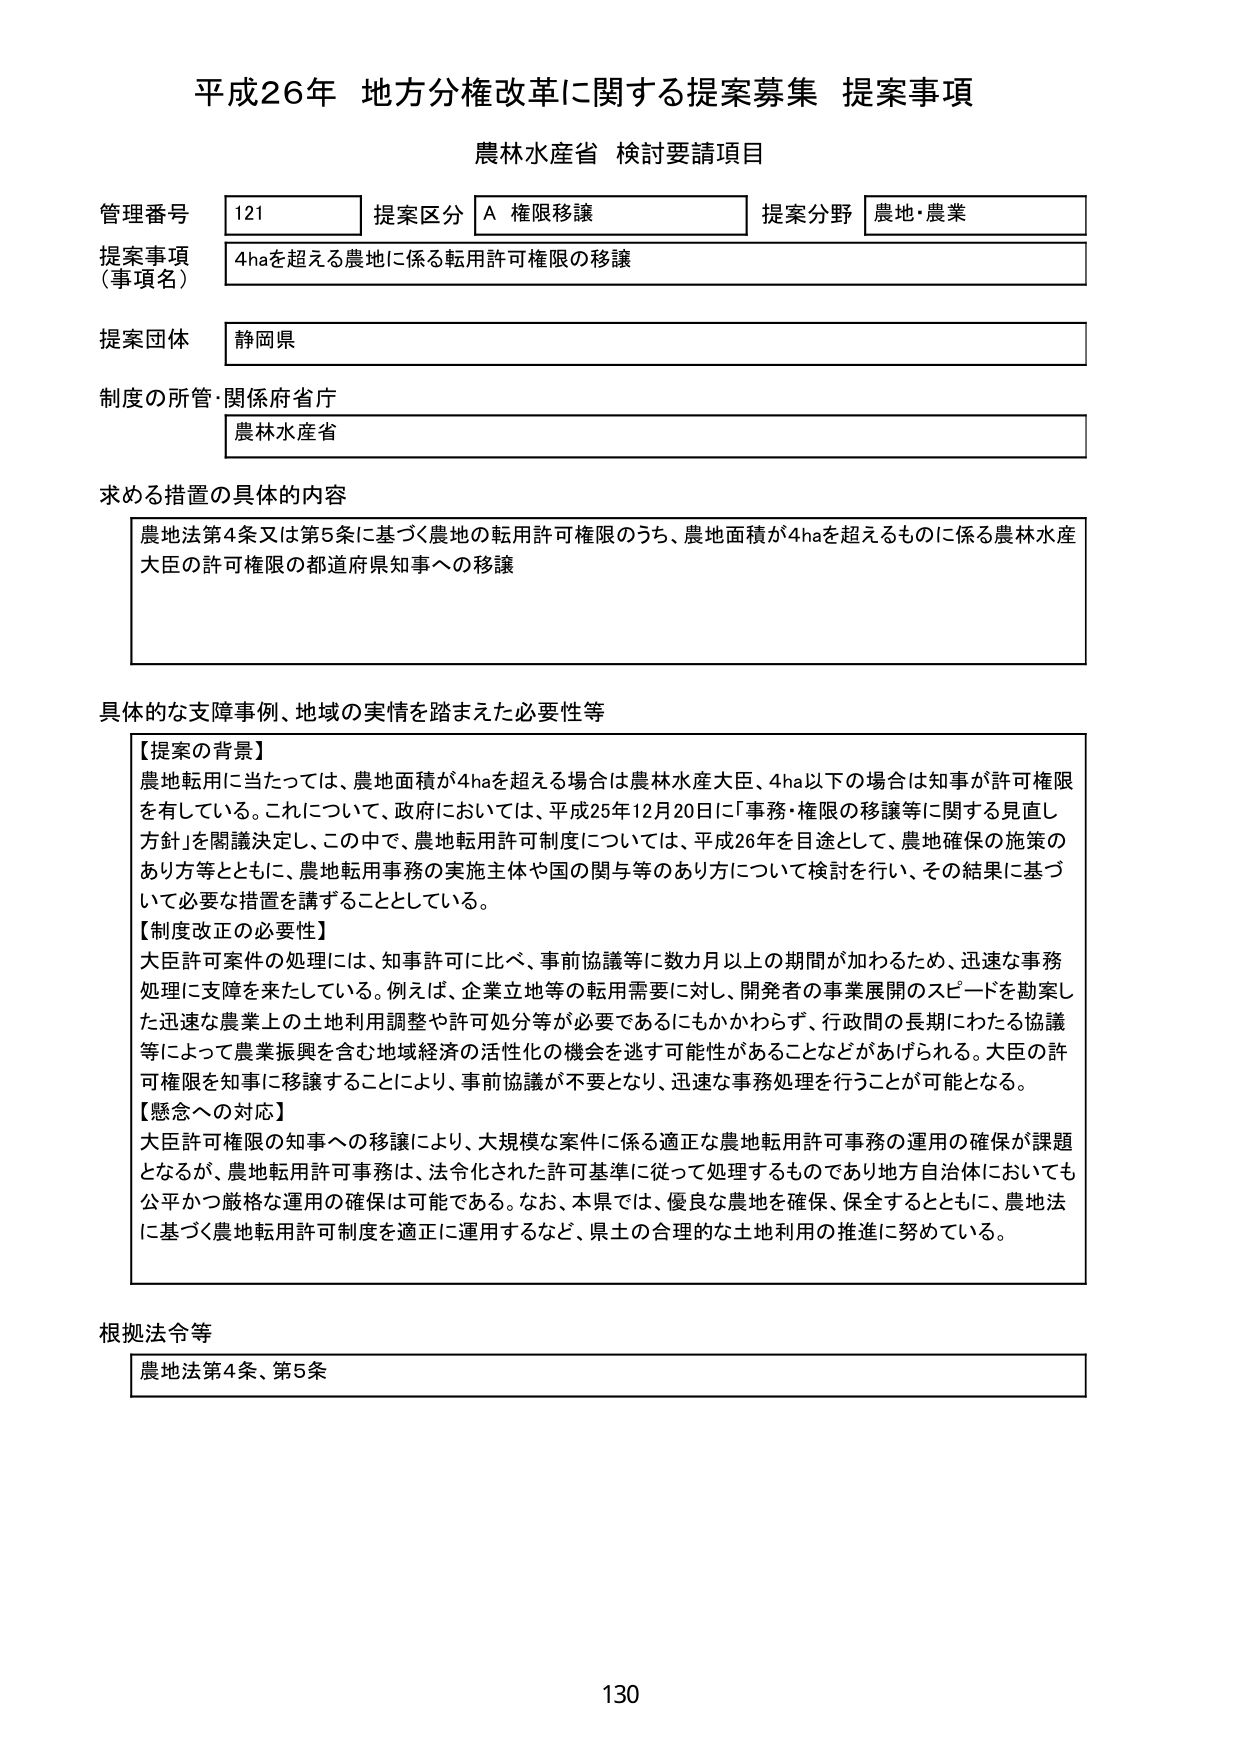
平成26年 地方分権改革に関する提案募集 提案事項
農林水産省 検討要請項目

管理番号 121 提案区分 A 権限移譲 提案分野 農地・農業
提案事項（事項名） 4haを超える農地に係る転用許可権限の移譲
提案団体 静岡県
制度の所管・関係府省庁 農林水産省

求める措置の具体的内容
農地法第4条又は第5条に基づく農地の転用許可権限のうち、農地面積が4haを超えるものに係る農林水産大臣の許可権限の都道府県知事への移譲

具体的な支障事例、地域の実情を踏まえた必要性等
【提案の背景】
農地転用に当たっては、農地面積が4haを超える場合は農林水産大臣、4ha以下の場合は知事が許可権限を有している。これについて、政府においては、平成25年12月20日に「事務・権限の移譲等に関する見直し方針」を閣議決定し、この中で、農地転用許可制度については、平成26年を目途として、農地確保の施策のあり方等とともに、農地転用事務の実施主体や国の関与等のあり方について検討を行い、その結果に基づいて必要な措置を講ずることとしている。
【制度改正の必要性】
大臣許可案件の処理には、知事許可に比べ、事前協議等に数カ月以上の期間が加わるため、迅速な事務処理に支障を来たしている。例えば、企業立地等の転用需要に対し、開発者の事業展開のスピードを勘案した迅速な農業上の土地利用調整や許可処分等が必要であるにもかかわらず、行政間の長期にわたる協議等によって農業振興を含む地域経済の活性化の機会を逃す可能性があることなどがあげられる。大臣の許可権限を知事に移譲することにより、事前協議が不要となり、迅速な事務処理を行うことが可能となる。
【懸念への対応】
大臣許可権限の知事への移譲により、大規模な案件に係る適正な農地転用許可事務の運用の確保が課題となるが、農地転用許可事務は、法令化された許可基準に従って処理するものであり地方自治体においても公平かつ厳格な運用の確保は可能である。なお、本県では、優良な農地を確保、保全するとともに、農地法に基づく農地転用許可制度を適正に運用するなど、県土の合理的な土地利用の推進に努めている。

根拠法令等
農地法第4条、第5条

130